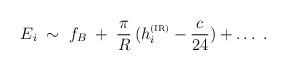
\begin{align*}E_i \;\sim\; f_B\;+\; \frac\pi R\, (h_i^{\hbox{\tiny (IR)}} - \frac c{24}) + \ldots\;.\end{align*}